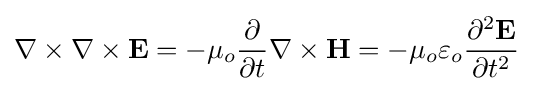
\nabla \times \nabla \times \mathbf {E} =-\mu _{o}{\frac {\partial }{\partial t}}\nabla \times \mathbf {H} =-\mu _{o}\varepsilon _{o}{\frac {\partial ^{2}\mathbf {E} }{\partial t^{2}}}